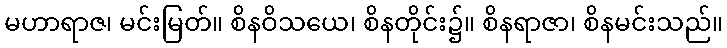
မဟာရာဇ၊ မင်းမြတ်။ စိနဝိသယေ၊ စိနတိုင်း၌။ စိနရာဇာ၊ စိနမင်းသည်။